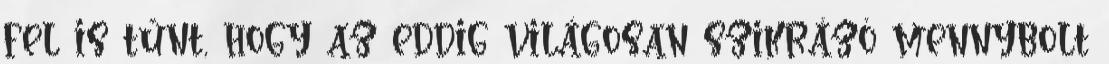
fel is tűnt, hogy az eddig világosan szikrázó mennybolt